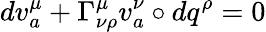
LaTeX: dv_{a}^{\mu}+\Gamma_{\nu\rho}^{\mu}v_{a}^{\nu}\circ dq^{\rho}=0